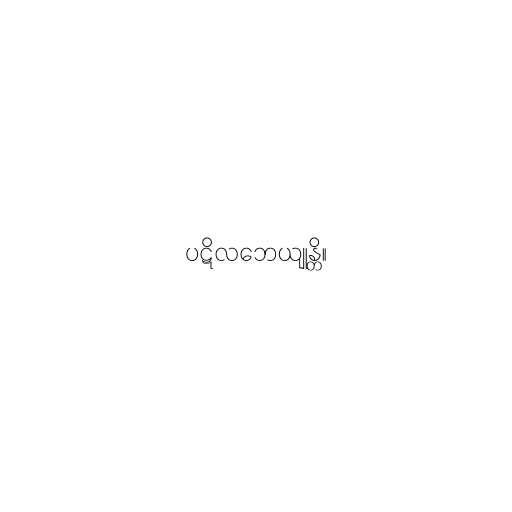
ပဋိလဘေယျုန္တိ။